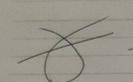
Signature authenticity: forged